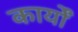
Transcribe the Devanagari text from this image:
कार्याें